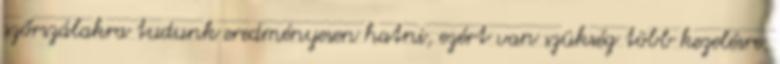
szőrszálakra tudunk eredményesen hatni, ezért van szükség több kezelésre.